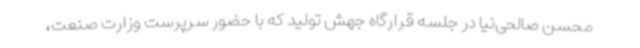
محسن صالحی‌نیا در جلسه قرارگاه جهش تولید که با حضور سرپرست وزارت صنعت،